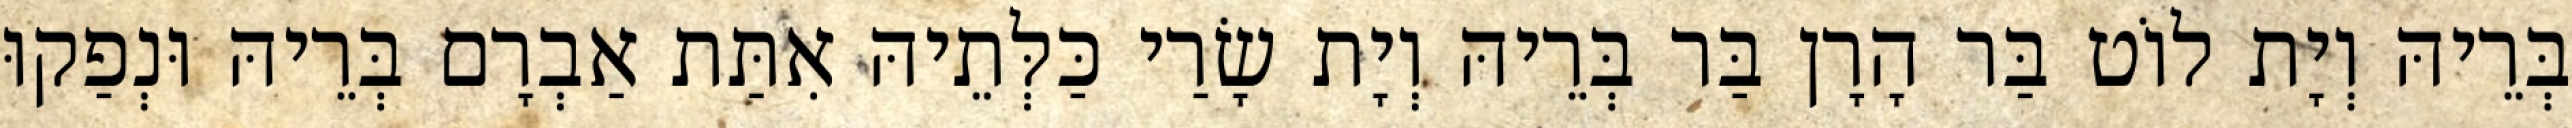
בְּרֵיהּ וְיָת לוֹט בַּר הָרָן בַּר בְּרֵיהּ וְיָת שָׂרַי כַּלְּתֵיהּ אִתַּת אַבְרָם בְּרֵיהּ וּנְפַקוּ